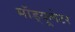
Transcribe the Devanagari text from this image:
मॉड्यूलेटर